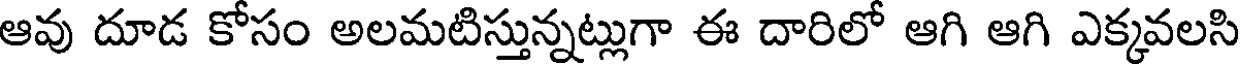
ఆవు దూడ కోసం అలమటిస్తున్నట్లుగా ఈ దారిలో ఆగి ఆగి ఎక్కవలసి